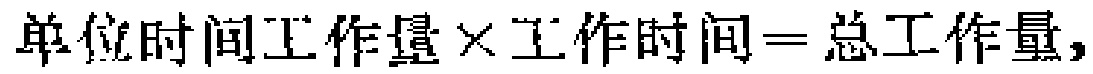
单位时间工作量\times 工作时间=总工作量，